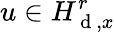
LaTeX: u\in H_{\mathrm{~d~},x}^{r}